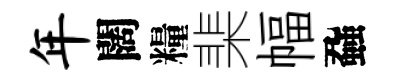
年闊糧棐幅蝨